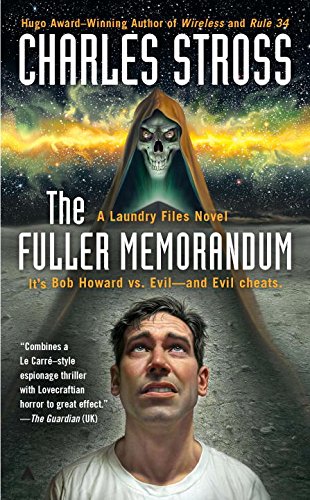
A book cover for The Fuller Memorandum (A Laundry Files Novel); Charles Stross; Literature & Fiction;